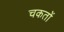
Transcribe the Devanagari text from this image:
चकतों